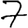
Digit: 7